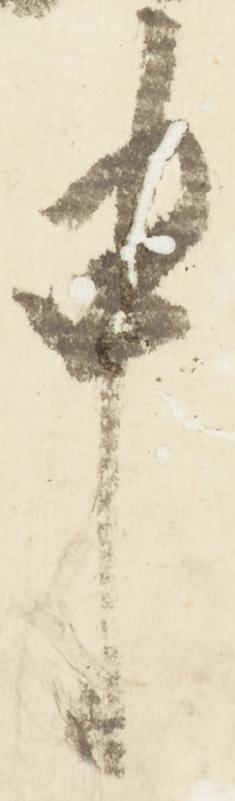
申